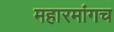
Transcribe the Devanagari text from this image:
महारमांगच